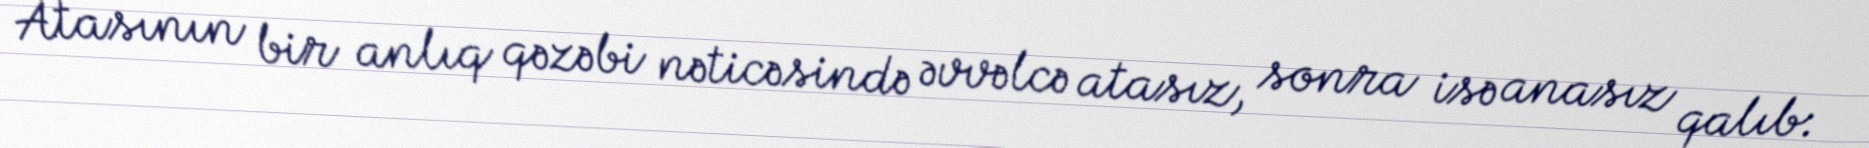
Atasının bir anlıq qəzəbi nəticəsində əvvəlcə atasız, sonra isə anasız qalıb: